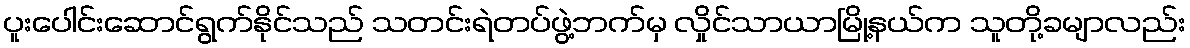
ပူးပေါင်းဆောင်ရွက်နိုင်သည် သတင်းရဲတပ်ဖွဲ့ဘက်မှ လှိုင်သာယာမြို့နယ်က သူတို့ခမျာလည်း